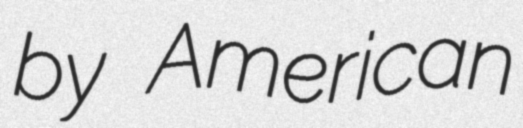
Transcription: by American